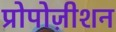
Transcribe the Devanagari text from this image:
प्रोपोज़ीशन